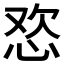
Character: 𱞓